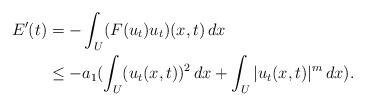
LaTeX: \begin{align*}E'(t)& = - \int_U (F(u_t) u_t)(x,t) \, dx \\ & \leq - a_1( \int_U (u_t(x,t))^2 \, dx + \int_U |u_t(x,t)|^m \, dx).\end{align*}